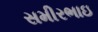
સમીરભાઇ